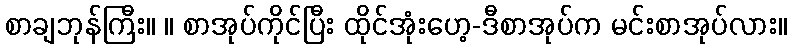
စာချဘုန်ကြီး။ ။ စာအုပ်ကိုင်ပြီး ထိုင်အုံးဟေ့-ဒီစာအုပ်က မင်းစာအုပ်လား။